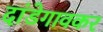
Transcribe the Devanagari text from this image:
दांडेगावकर